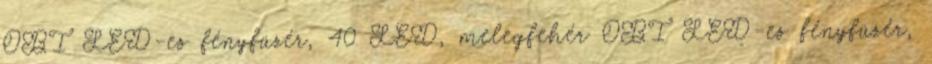
OBI LED-es fényfüzér, 40 LED, melegfehér OBI LED-es fényfüzér,